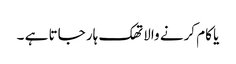
یا کام کرنے والا تھک ہار جاتا ہے ۔